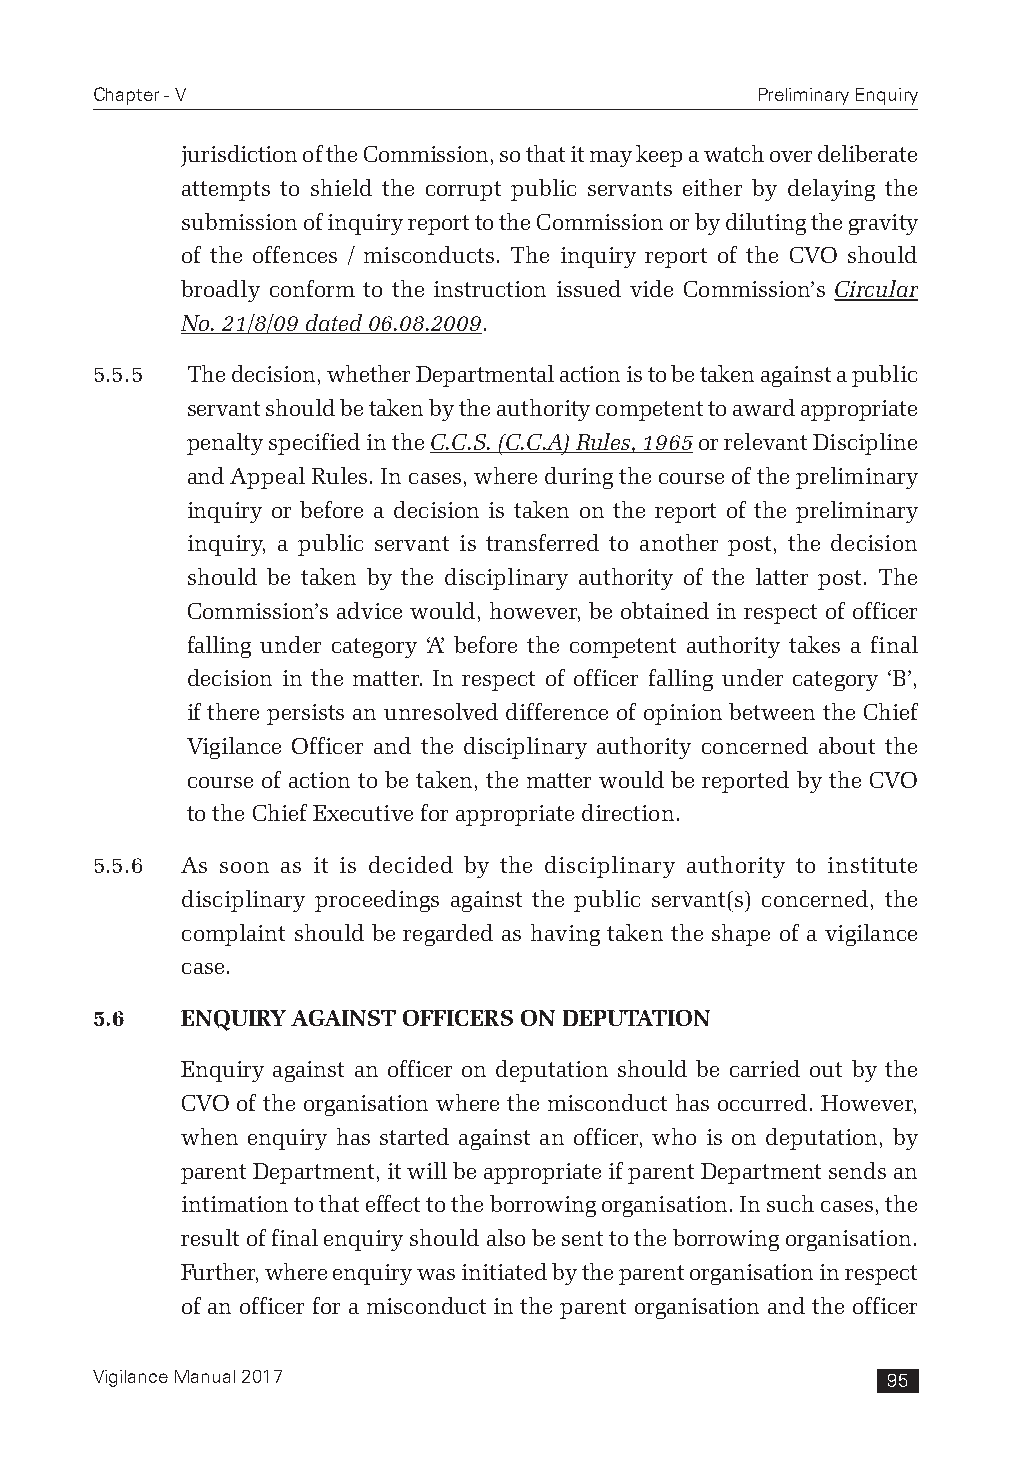
Chapter - V                                 Preliminary Enquiry
 jurisdiction of the Commission, so that it may keep a watch over deliberate
 attempts to shield the corrupt public servants either by delaying the
 submission of inquiry report to the Commission or by diluting the gravity
 of the offences / misconducts. The inquiry report of the CVO should
 broadly conform to the instruction issued vide Commission’s Circular
 No. 21/8/09 dated 06.08.2009.
 5.5.5 The decision, whether Departmental action is to be taken against a public
 servant should be taken by the authority competent to award appropriate
 penalty specified in the C.C.S. (C.C.A) Rules, 1965 or relevant Discipline
 and Appeal Rules. In cases, where during the course of the preliminary
 inquiry or before a decision is taken on the report of the preliminary
 inquiry, a public servant is transferred to another post, the decision
 should be taken by the disciplinary authority of the latter post. The
 Commission’s advice would, however, be obtained in respect of officer
 falling under category ‘A’ before the competent authority takes a final
 decision in the matter. In respect of officer falling under category ‘B’,
 if there persists an unresolved difference of opinion between the Chief
 Vigilance Officer and the disciplinary authority concerned about the
 course of action to be taken, the matter would be reported by the CVO
 to the Chief Executive for appropriate direction.
 5.5.6 As soon as it is decided by the disciplinary authority to institute
 disciplinary proceedings against the public servant(s) concerned, the
 complaint should be regarded as having taken the shape of a vigilance
 case.
 5.6   ENQUIRY AGAINST OFFICERS ON DEPUTATION
 Enquiry against an officer on deputation should be carried out by the
 CVO of the organisation where the misconduct has occurred. However,
 when enquiry has started against an officer, who is on deputation, by
 parent Department, it will be appropriate if parent Department sends an
 intimation to that effect to the borrowing organisation. In such cases, the
 result of final enquiry should also be sent to the borrowing organisation.
 Further, where enquiry was initiated by the parent organisation in respect
 of an officer for a misconduct in the parent organisation and the officer
 Vigilance Manual 2017                                95